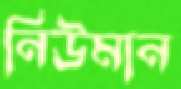
নিউমান